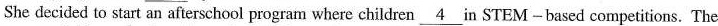
She decided to start an afterschool program where children \underline{4} in STEM -based competitions. The